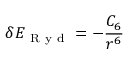
\delta E _ { \mathrm { ~ R ~ y ~ d ~ } } = - \frac { C _ { 6 } } { r ^ { 6 } }